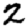
Digit: 2